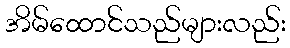
အိမ်ထောင်သည်များလည်း